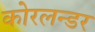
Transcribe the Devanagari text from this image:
कोरलन्डर